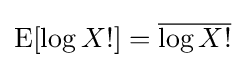
\operatorname {E} [\log X!]={\overline {\log X!}}